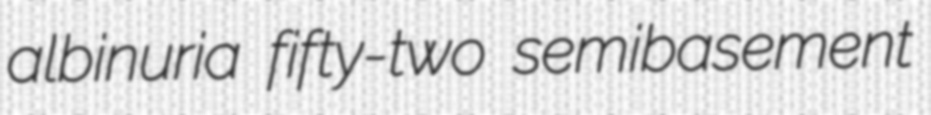
albinuria fifty-two semibasement